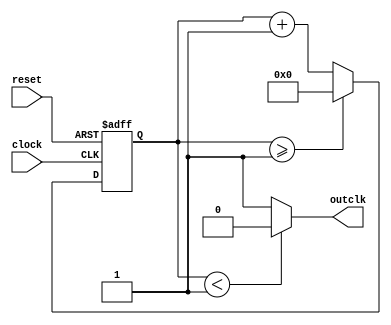

`timescale 1ns/1ns

module Clock_div(input reset, input clock, output outclk);

reg[27:0] counter = 28'd0;
parameter divider = 28'd2;

   always @(posedge clock or posedge reset) begin
        if (reset == 1'b1) begin
            counter <= (divider-1);
        end
        else
        
        begin
         counter <= counter + 28'd1;
         if(counter >= (divider-1))
            counter <= 28'd0;
        end
    end
    
    assign outclk = (counter<divider/2)?1'b0:1'b1;
    
endmodule